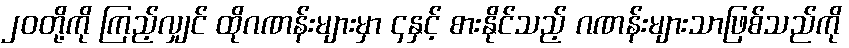
၂၀တို့ကို ကြည့်လျှင် ထိုဂဏန်းများမှာ ၄နှင့် စားနိုင်သည့် ဂဏန်းများသာဖြစ်သည်ကို